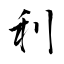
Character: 利